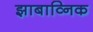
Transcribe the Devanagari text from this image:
झाबाव्निक